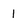
Character: 1